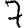
Digit: 7